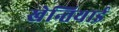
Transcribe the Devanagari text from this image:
खेन्तियाई